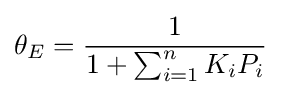
\theta _{E}={\dfrac {1}{1+\sum _{i=1}^{n}K_{i}P_{i}}}